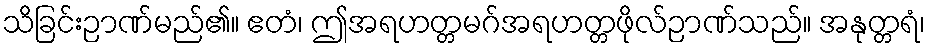
သိခြင်းဉာဏ်မည်၏။ ဧတံ၊ ဤအရဟတ္တမဂ်အရဟတ္တဖိုလ်ဉာဏ်သည်။ အနုတ္တရံ၊